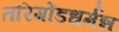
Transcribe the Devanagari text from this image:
तरिगोंडधर्मन्न